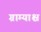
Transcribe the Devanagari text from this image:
ग्राम्याश्च